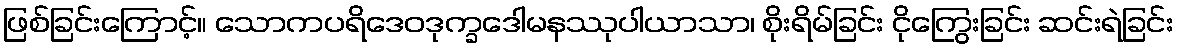
ဖြစ်ခြင်းကြောင့်။ သောကပရိဒေဝဒုက္ခဒေါမနဿုပါယာသာ၊ စိုးရိမ်ခြင်း ငိုကြွေးခြင်း ဆင်းရဲခြင်း